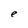
Character: e